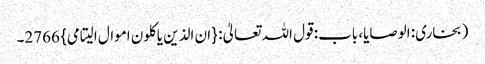
(بخاری: الوصایا، باب: قول اللہ تعالیٰ: {ان الذین یاکلون اموال الیتامی} 2766۔